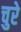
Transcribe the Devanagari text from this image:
चुरे